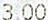
3.00